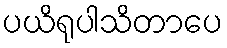
ပယိရုပါသိတာပေ